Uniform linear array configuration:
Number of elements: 32
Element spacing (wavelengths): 0.75
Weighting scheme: kaiser
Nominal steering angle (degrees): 0
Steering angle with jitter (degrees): -0.1056
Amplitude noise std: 0.05
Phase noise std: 0.05

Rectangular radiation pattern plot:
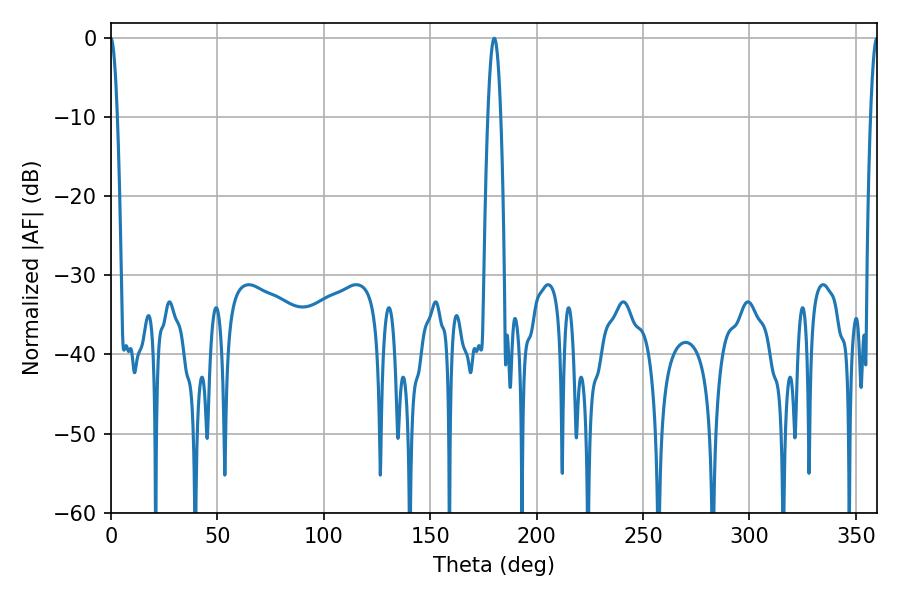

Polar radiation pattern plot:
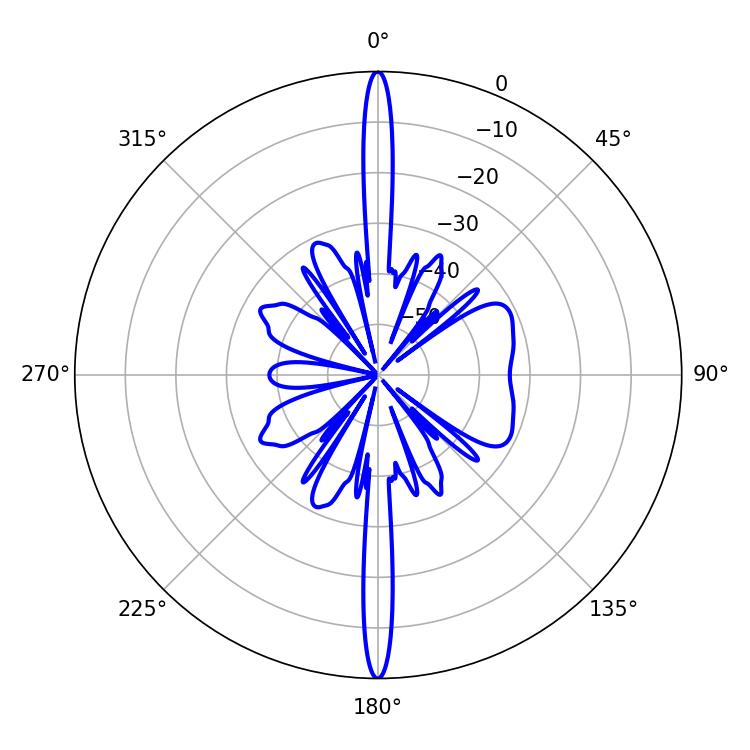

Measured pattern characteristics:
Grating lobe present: TRUE
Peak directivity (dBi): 40.14
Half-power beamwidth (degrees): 1.8
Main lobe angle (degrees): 359.82